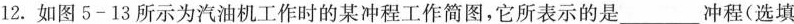
12.如图5-13所示为汽油机工作时的某冲程工作简图，它所表示的是___冲程(选填